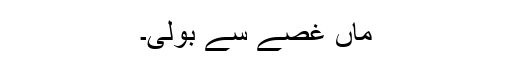
ماں غصے سے بولی۔